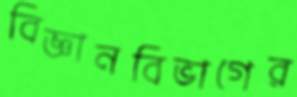
বিজ্ঞানবিভাগের